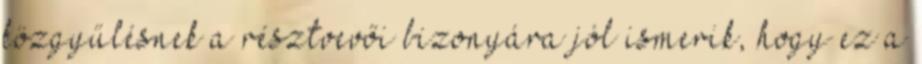
közgyűlésnek a résztvevői bizonyára jól ismerik, hogy ez a